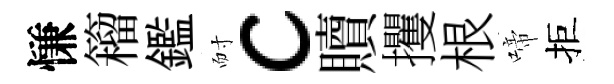
慊籕鑑耐c贖攫根啼拒